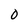
Character: 0